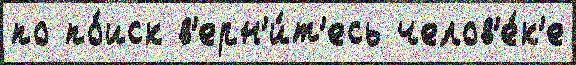
по по́иск в'ерн'и́т'есь челов'е́к'е